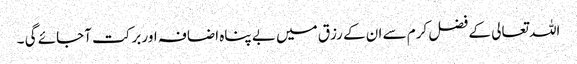
اللہ تعالی کے فضل کرم سے ان کے رزق میں بے پناہ اضافہ اور برکت آجائے گی ۔